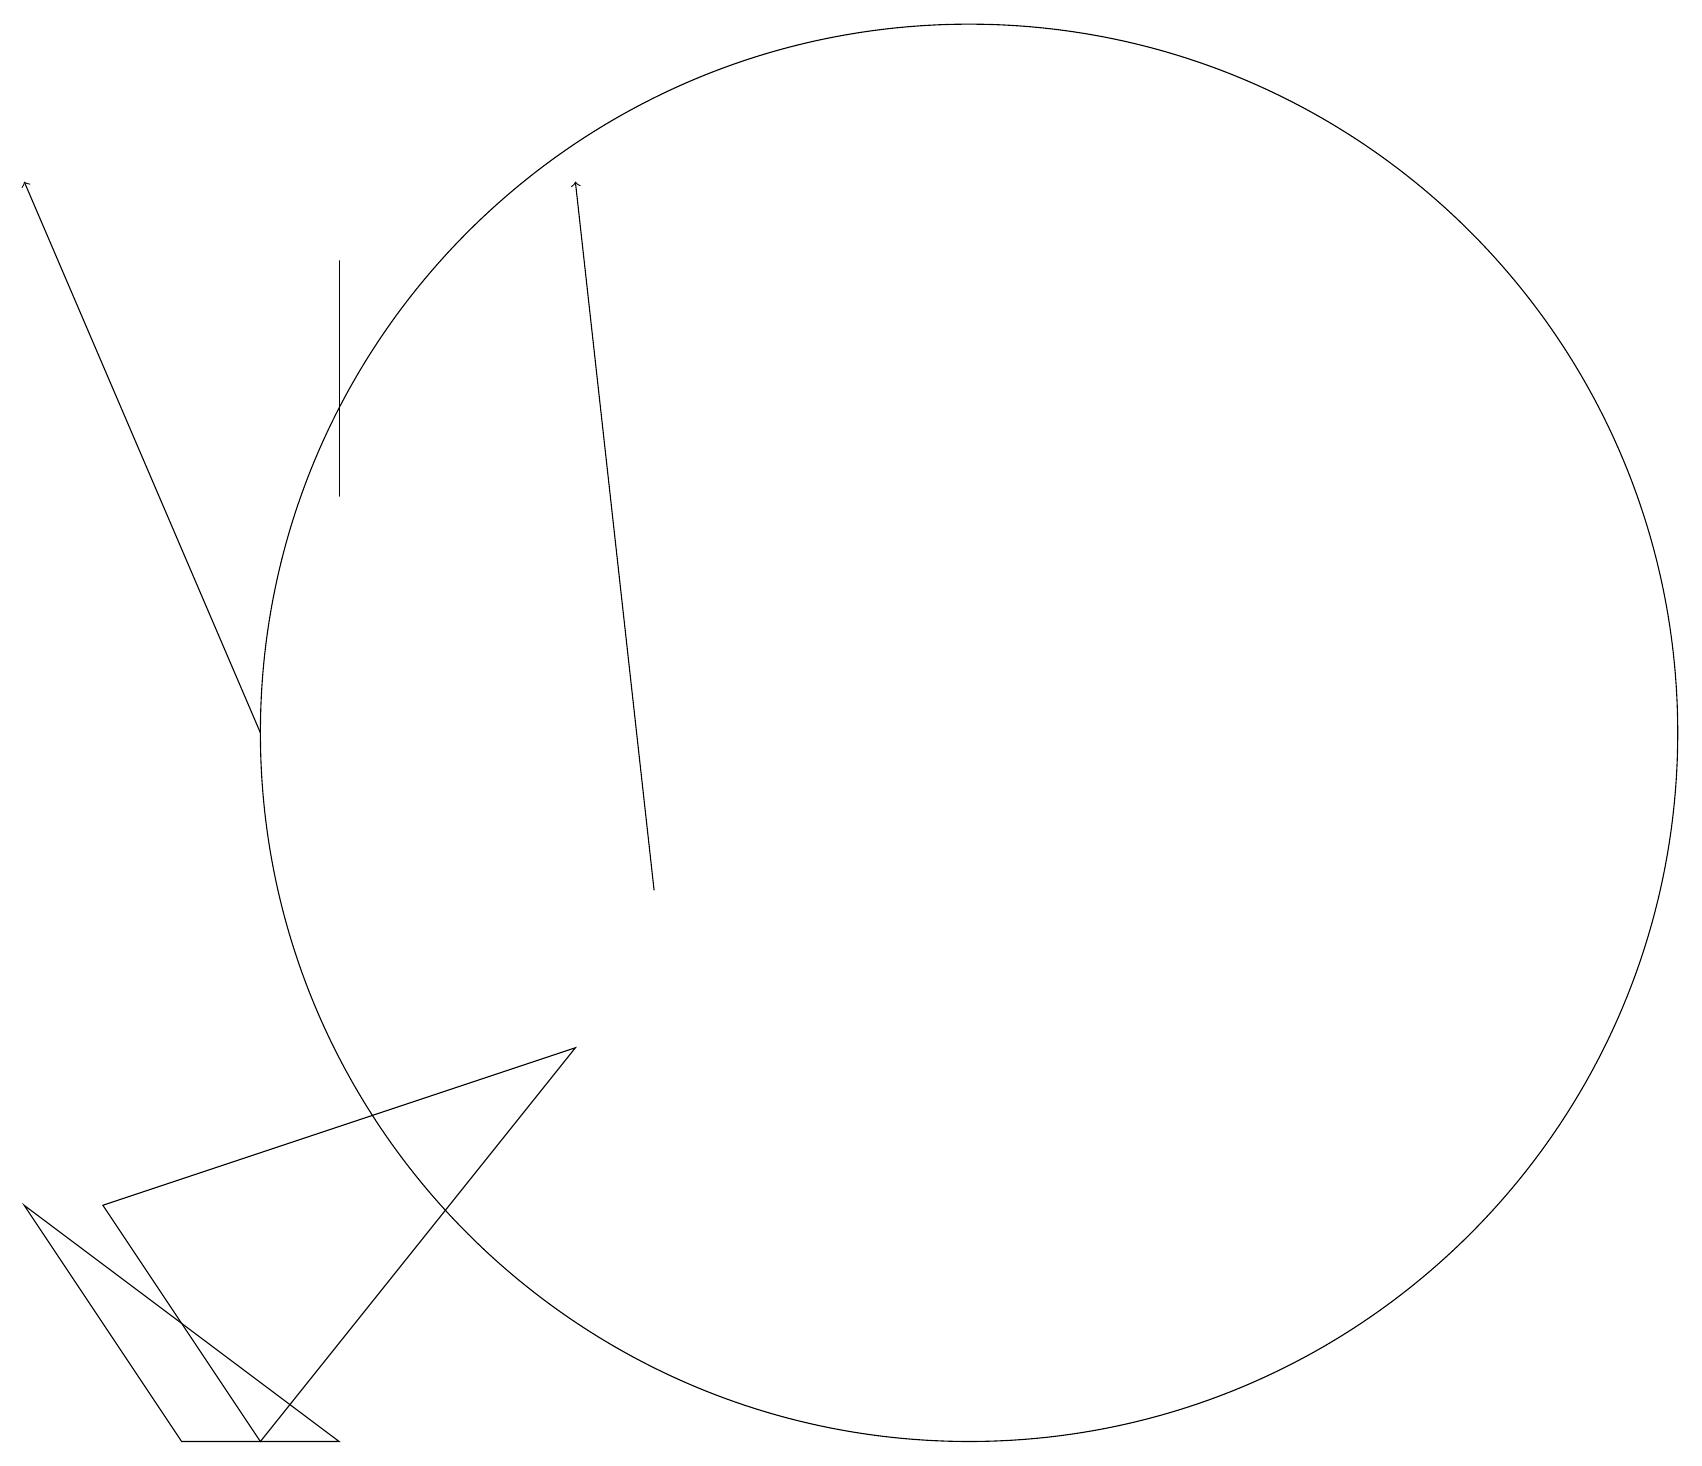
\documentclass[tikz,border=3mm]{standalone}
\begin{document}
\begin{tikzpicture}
\draw[->] (8,10) -- (7,19);
\draw (12,12) circle (9);
\draw (7,8) -- (1,6) -- (3,3) -- cycle;
\draw (4,3) -- (2,3) -- (0,6) -- cycle;
\draw[->] (3,12) -- (0,19);
\draw (4,15) rectangle (4,18);
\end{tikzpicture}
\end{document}